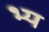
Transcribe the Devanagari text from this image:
भ्य